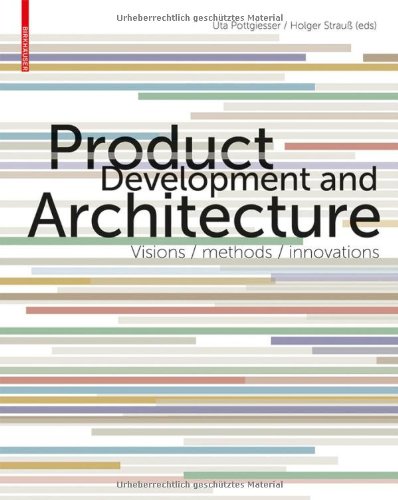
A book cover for Product Development Architecture; Uta Pottgiesser; Arts & Photography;